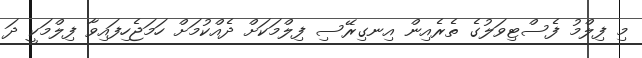
މި ފިލްމު ފެސްޓިވަލުގެ ތެރެއިން އިނގިރޭސި ފިލްމަކަށް ދެއްކުމަށް ހަމަޖެހިފައިވާ ފިލްމަކީ ދަ